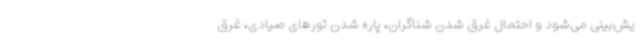
یش‌بینی می‌شود و احتمال غرق شدن شناگران، پاره شدن تورهای صیادی، غرق